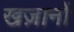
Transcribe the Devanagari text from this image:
खज़ानों